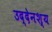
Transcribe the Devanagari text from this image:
उद्देनश्‍य